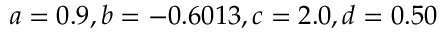
a = 0 . 9 , b = - 0 . 6 0 1 3 , c = 2 . 0 , d = 0 . 5 0